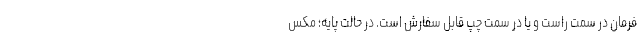
فرمان در سمت راست و یا در سمت چپ قابل سفارش است. در حالت پایه؛ مکس